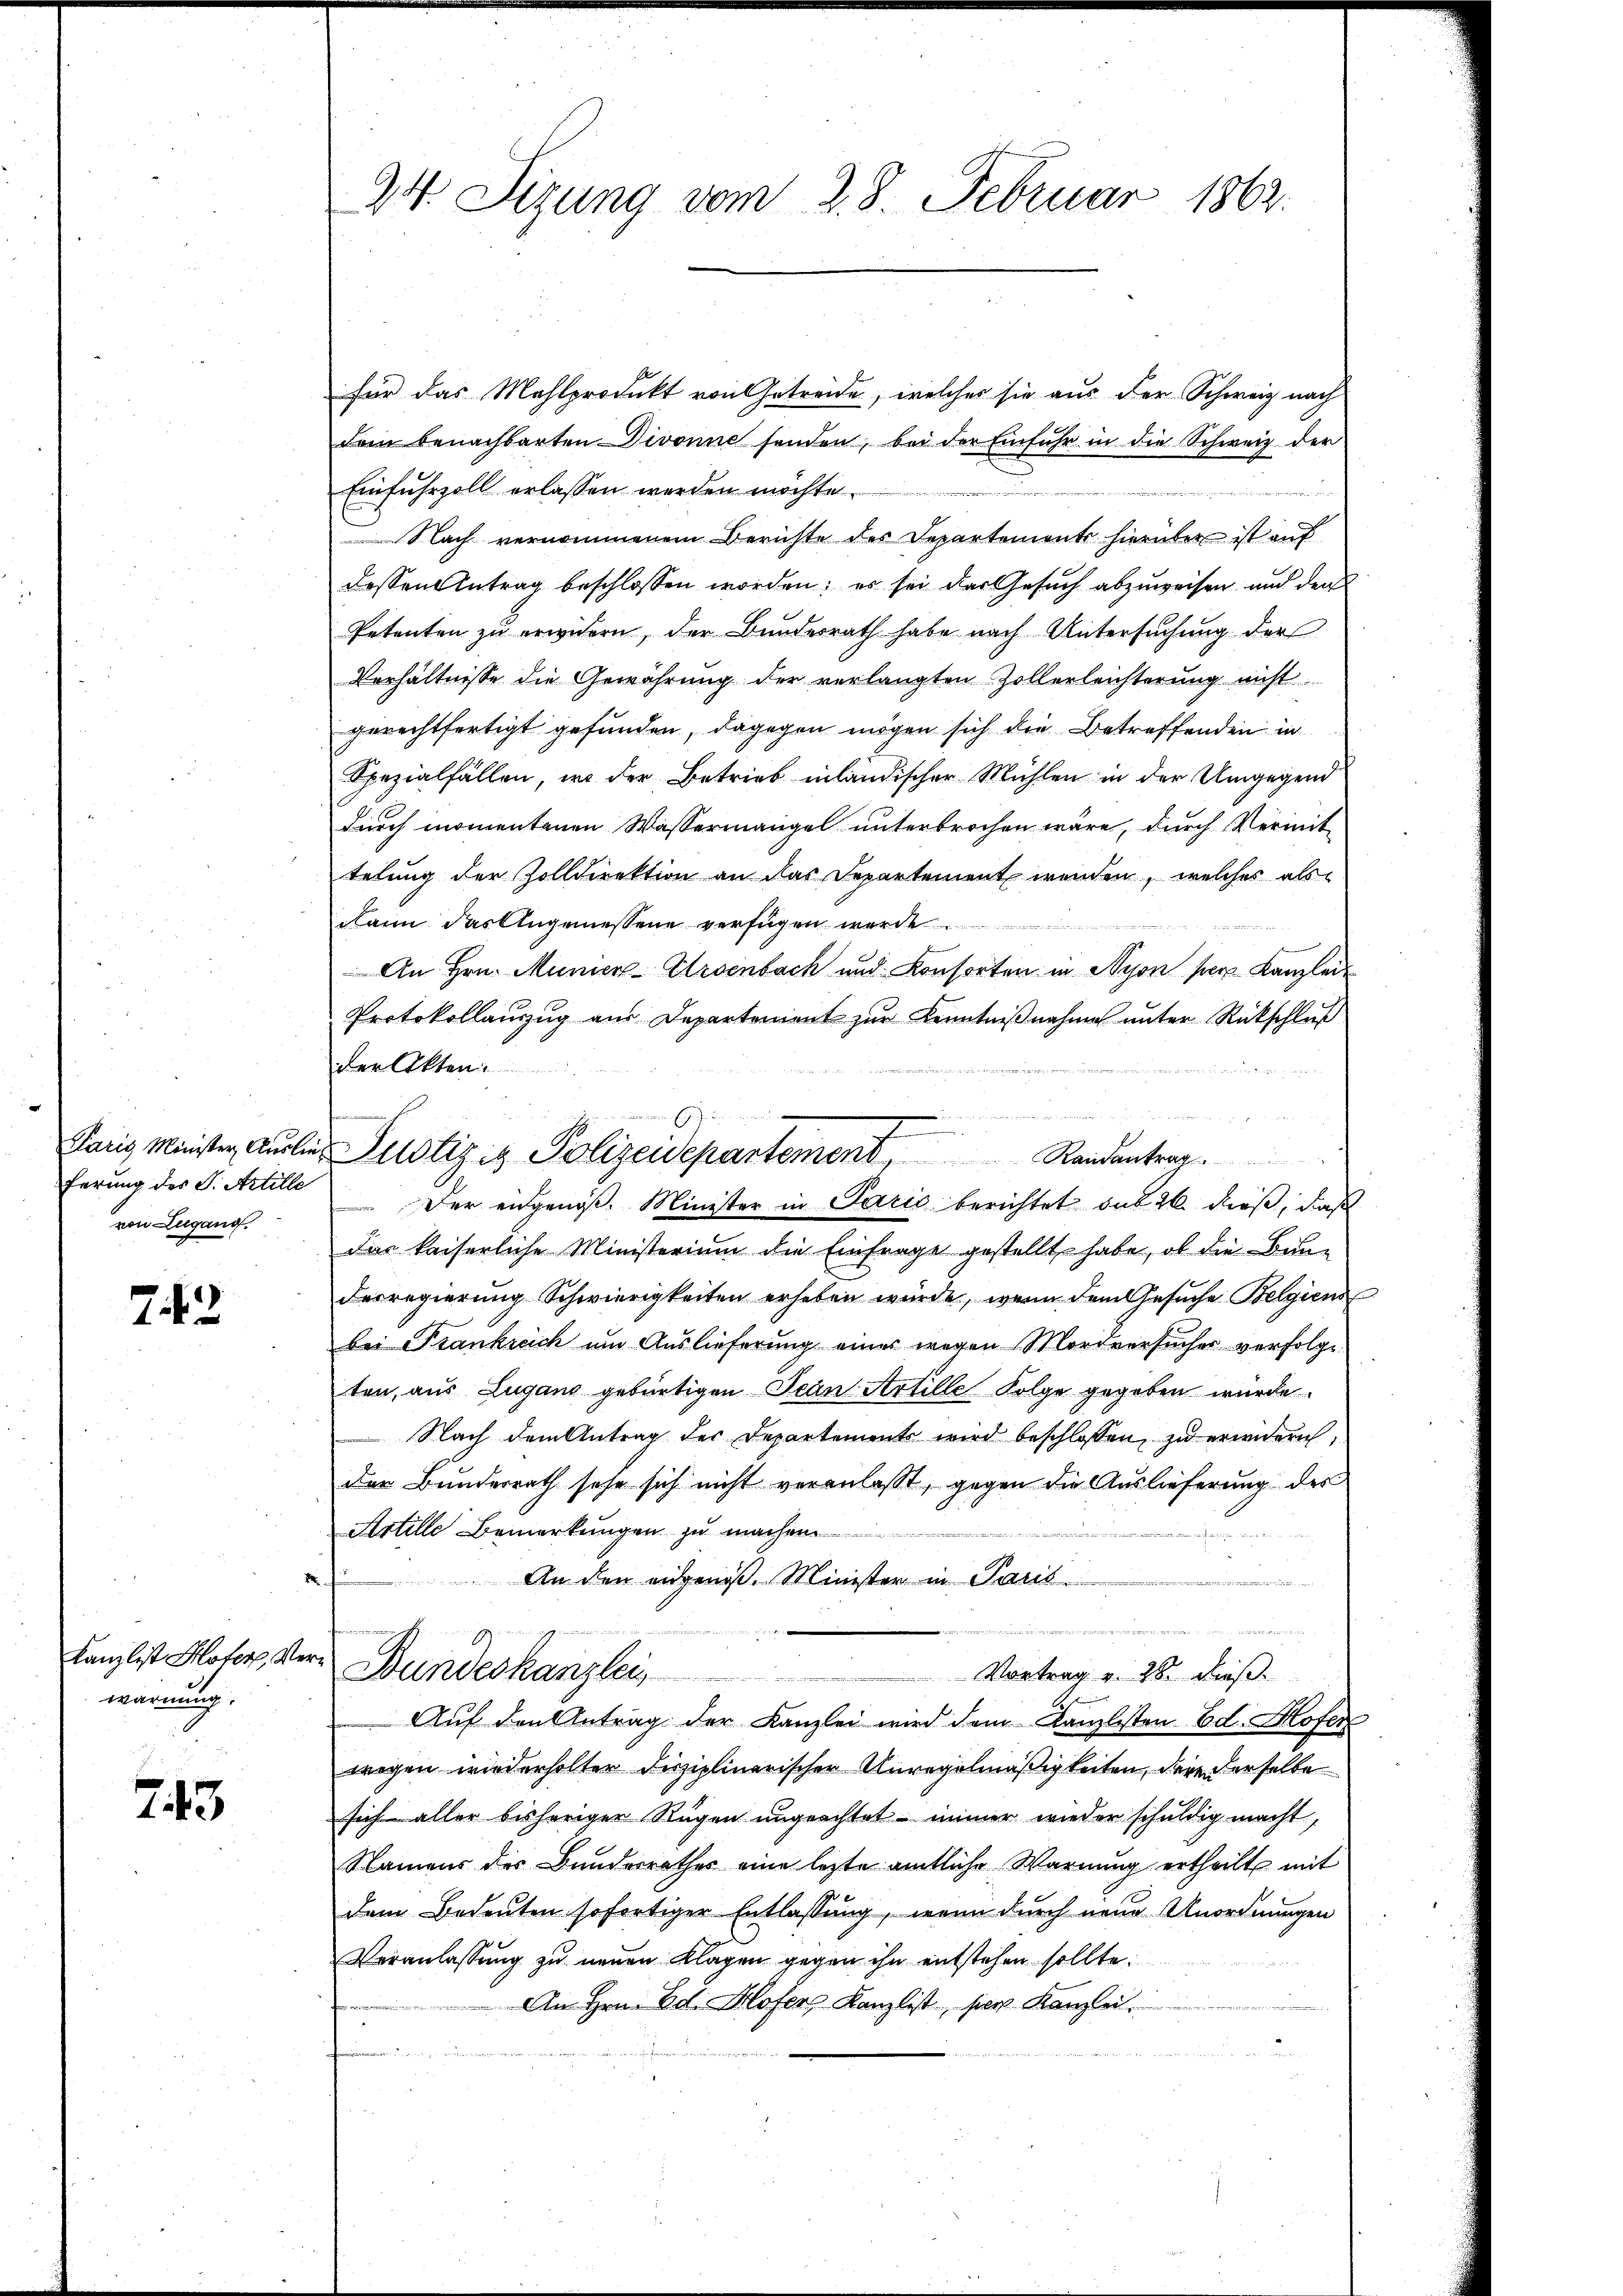
Paris Minister Auslieferung des S. Artille
von Lugand.

743

Kanzlist Hofer, Mewarnung.

243

e

24. Sizung vom 28. Februar 1862.

Justiz & Polizeidepartement              Randantrag

für das Mahlprodukt von Getreide, welches sie aus der Schweiz nach
dem benachbarten Divonne senden, bei der Einfuhr in die Schweiz der
Einfuhrzoll erlassen werden möchte.
Nach vernommenem Berichte des Departemente hierüber ist auf
dessen Antrag beschlossen worden; es sei das Gesuch abzuweisen und der
Petenten zu erwidern, der Bundesrath habe nach Untersuchung der
Verhältnisse die Gewährung der verlangten Zollerleichterung nicht
gerechtfertigt gefunden, dagegen mögen sich die Betreffenden in
Spezialfällen, in der Betrieb inländischer Mühlen in der Umgegend
durch momentenen Wassermangel unterbrochen wäre, durch Vermittelung der Zolldirektion an das Departement werden, welches als
dann das Angemessene verfügen werde
An Hrn. Munien-Arsenbach und Konsorten in Nyon per. Kanzlei-
Protokollaŭzŭg aŭs Departenient zŭr Kenntniβnahme ŭnter Rückschlŭβ
der Akten.
Der engenoß. Minister in Paris berichtet sub 26. dieß, daß
Das kaiserliche Ministerium die Einfrage gestellt habe, ob die Baue
derregierung Schwierigkeiten erheben würde, wenn dem Gesŭche Belgiens
bei Frankreich um Auslieferung eines wegen Mordversuches verfolge.
ten, aus Lugano gebürtigen Jean Artille Folge gegeben wurde
Nach dem Antrag der Departement wird beschlossen, zu erindern,
der Bunderrath sehe sich nicht veranlaßt, gegen die Auslieferung des
Artille Bemerkungen zu machen
An den eidgenoß. Minister in Paris
d
Bundeskanzlei
Vortrag v. 28. dieß.
Auf den Antrag der Kanzlei wird dem Kanzlisten Ed. Hofer
wegen wiederholter Disziplinarischer Unregelmäßigkeiten, dere derselbe
sich aller bisheriger Rügen ungeachtet – immer wieder schuldig macht,
Namens des Bundesrathes eine lezte amtliche Warnung ertheilt mit
dem Bedeuten sofortiger Entlassung, wenn durch neue Unordnungen
Veranlassung zu neuen Klagen gegen ihn entstehen sollte.
An Hrn. Ed. Hofer Kanzlist, per Kanzlei